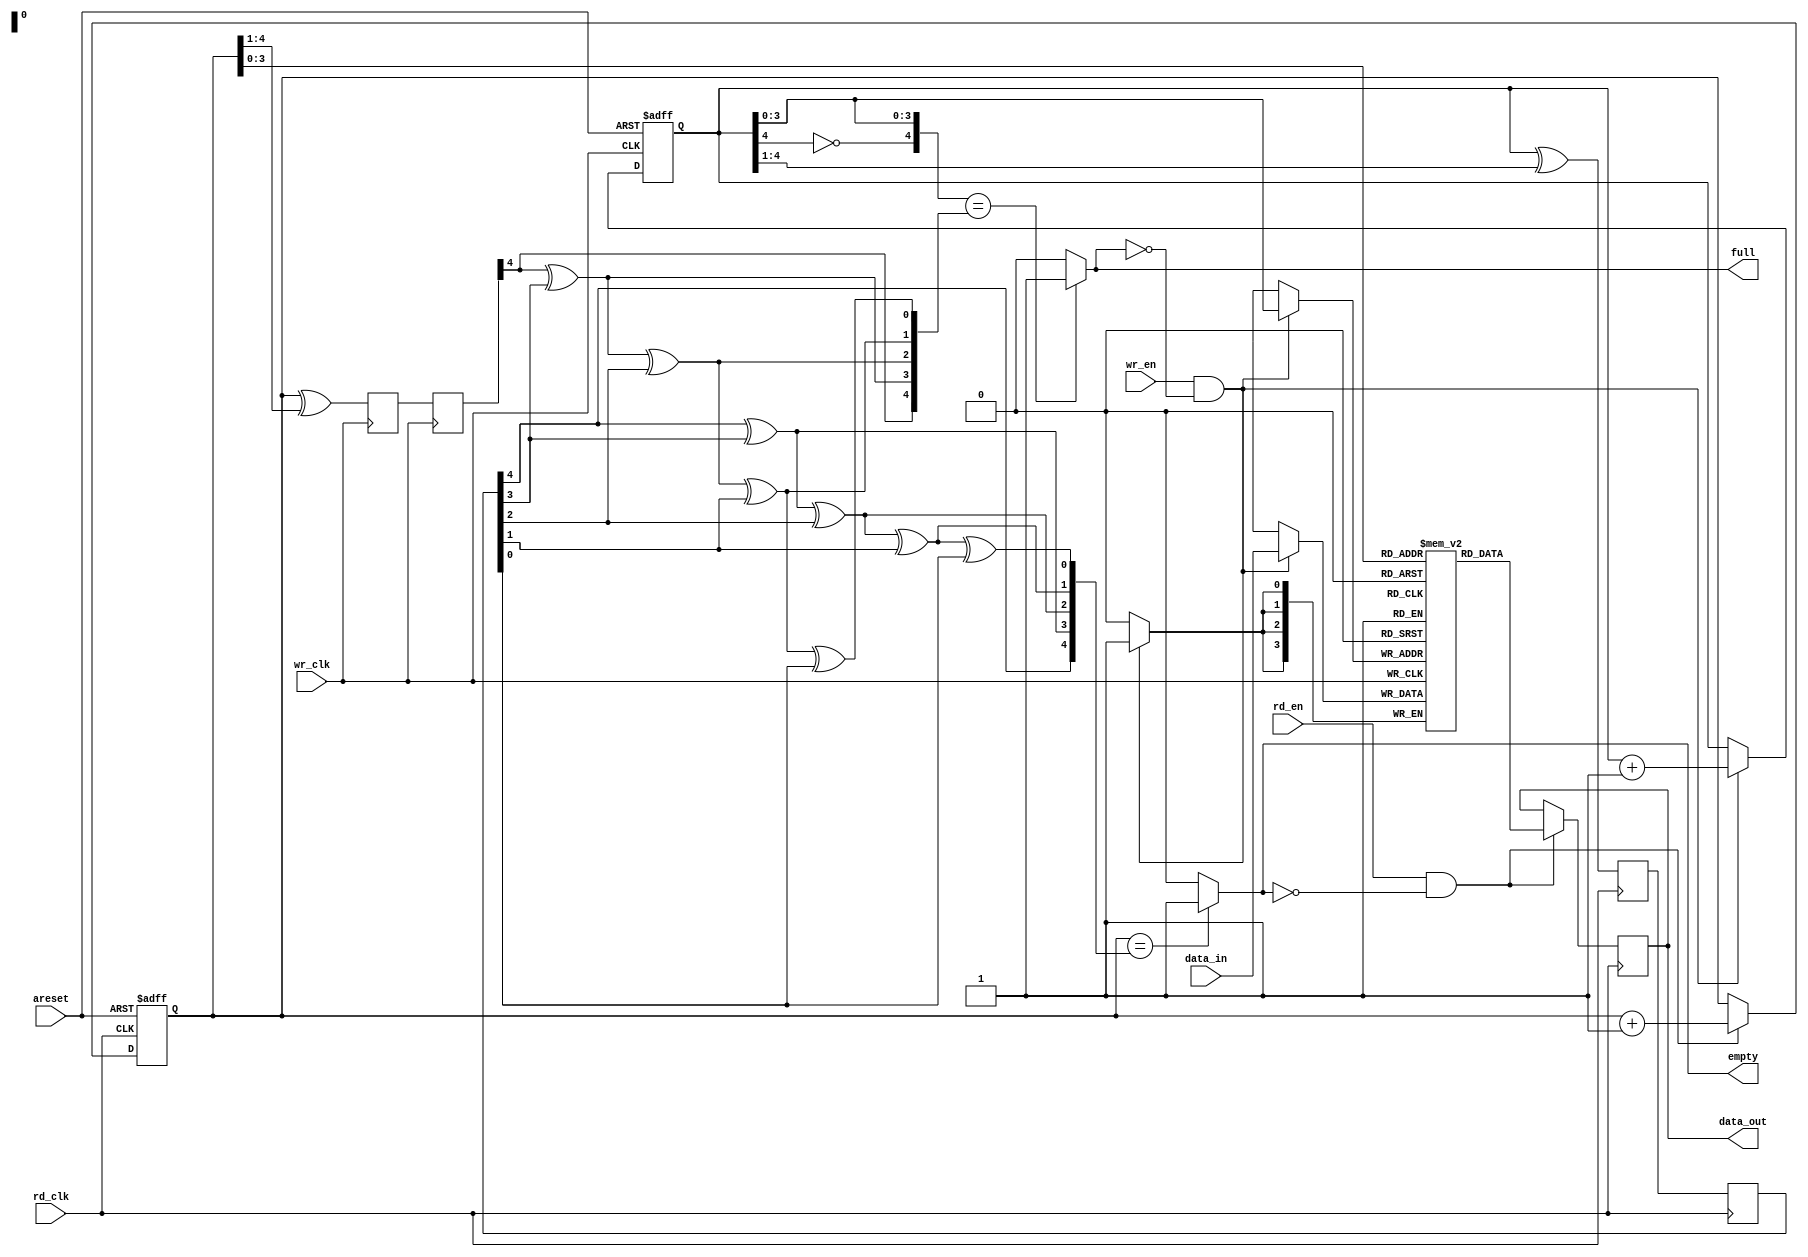
module AsynchronousFIFO #(parameter BUF_WIDTH=4,BUF_DEPTH=16)
		(input [BUF_WIDTH-1:0] data_in, //input data written to FIFO
		input wr_clk, //clock of clock_domain-1
		input rd_clk, //clock of clock_domain-2
		input areset, //asynchronous reset
		input wr_en, //write enable
		input rd_en, //read enable
		output full, //fifo full flag
		output empty, //fifo empty flag
		output reg [BUF_WIDTH-1:0] data_out //output data read from FIFO
		);
	
	
reg [BUF_WIDTH:0] wr_pointer,rd_pointer;//read and write pointer which points the address in fifo
wire [BUF_WIDTH:0] wr_pointer_g,rd_pointer_g; //used to convert pointer from binary to gray
reg [BUF_WIDTH:0] wr_sync1,rd_sync1,wr_sync2,rd_sync2; //internal sugnals of 2 synchronizers
wire [BUF_WIDTH:0] wr_pointer_sync,rd_pointer_sync;	//used to convert back the syncronizer data from gray to binary

		
//-----------FIFO Buffer-------------------
reg [BUF_WIDTH-1:0] fifo [0:BUF_DEPTH-1];//defining a fifo
					
//-------------Wr_pointer------------------
always @(posedge wr_clk or posedge areset) 
begin
	if(areset)
		wr_pointer <= {BUF_WIDTH{1'b0}}; //initializing write pointer to 4'b0000 using replication operator
	else 
	begin
		if(wr_en & !full)
			wr_pointer <= wr_pointer+1; //incrementing the write pointer
		else
			wr_pointer <= wr_pointer;
	end
end

//----------------rd_pointer-----------
always @(posedge rd_clk or posedge areset) 
begin
	if(areset)
		rd_pointer <= {BUF_WIDTH{1'b0}}; //initializing read pointer to 4'b0000 using replication operator
	else 
	begin
		if(rd_en & !empty)
			rd_pointer <= rd_pointer+1; //incrementing the read pointer
		else
			rd_pointer <= rd_pointer;
	end
end			
		
//----------Write into FIFO--------------
always @(posedge wr_clk)
begin
	if(wr_en & !full)
		fifo[wr_pointer[3:0]] <= data_in; //writing the data into FIFO
	else if(full)
		$display ("FIFO is full");
end

//-----------Read from FIFO---------------
always @(posedge rd_clk)
begin
	if(rd_en & !empty)
		data_out <= fifo[rd_pointer[3:0]]; //reading the data from the memory
	else if(empty)
		$display ("FIFO is empty");
end

//---------Synchronizer1(sync write pointer with read clock)------------
always @(posedge rd_clk)    //syncronizing write pointer w.r.t read clock
begin
	wr_sync1 <= wr_pointer_g; //FF1 of synchronizer1
	wr_sync2 <= wr_sync1; //FF2 of sunchronizer1
end

//---------Synchronizer2(sync read pointer with write clock)------------
always @(posedge wr_clk)    //syncronizing read pointer w.r.t write clock
begin
	rd_sync1 <= rd_pointer_g; //FF1 of synchronizer2
	rd_sync2 <= rd_sync1; //FF2 of sunchronizer2
end

//---------binary to gray conversion of read & write pointers------------
assign wr_pointer_g = wr_pointer ^ (wr_pointer>>1);
assign rd_pointer_g = rd_pointer ^ (rd_pointer>>1);

//---------gray to binary conversion of read & write sync2------------
assign wr_pointer_sync[4] = wr_sync2[4];
assign wr_pointer_sync[3] = wr_pointer_sync[4]^wr_sync2[3];
assign wr_pointer_sync[2] = wr_pointer_sync[3]^wr_sync2[2];
assign wr_pointer_sync[1] = wr_pointer_sync[2]^wr_sync2[1];
assign wr_pointer_sync[0] = wr_pointer_sync[1]^wr_sync2[0];

assign rd_pointer_sync[4] = rd_sync2[4];
assign rd_pointer_sync[3] = rd_pointer_sync[4]^wr_sync2[3];
assign rd_pointer_sync[2] = rd_pointer_sync[3]^wr_sync2[2];
assign rd_pointer_sync[1] = rd_pointer_sync[2]^wr_sync2[1];
assign rd_pointer_sync[0] = rd_pointer_sync[1]^wr_sync2[0];

//------logic for empty and full flags-----
assign empty = (rd_pointer == wr_pointer_sync) ? 1 : 0;
assign full = ({~wr_pointer[4],wr_pointer[3:0]} == rd_pointer_sync) ? 1 : 0; //why it is taken like this is written...
										//...in the "Design of Asynchronous FIFO.pdf"

endmodule